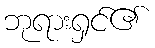
ဘုရားရှင်၏